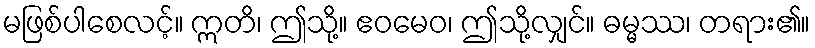
မဖြစ်ပါစေလင့်။ ဣတိ၊ ဤသို့။ ဧဝမေဝ၊ ဤသို့လျှင်။ ဓမ္မဿ၊ တရား၏။